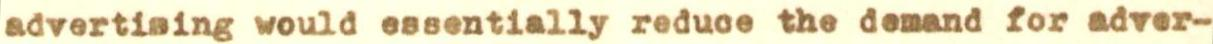
advertising would essentially reduce the demand for adver-